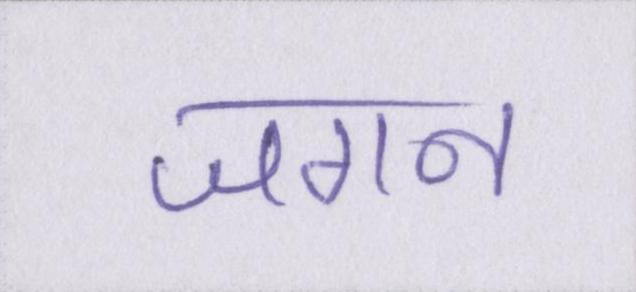
जगन